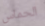
الحماس